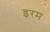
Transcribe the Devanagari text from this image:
इरम